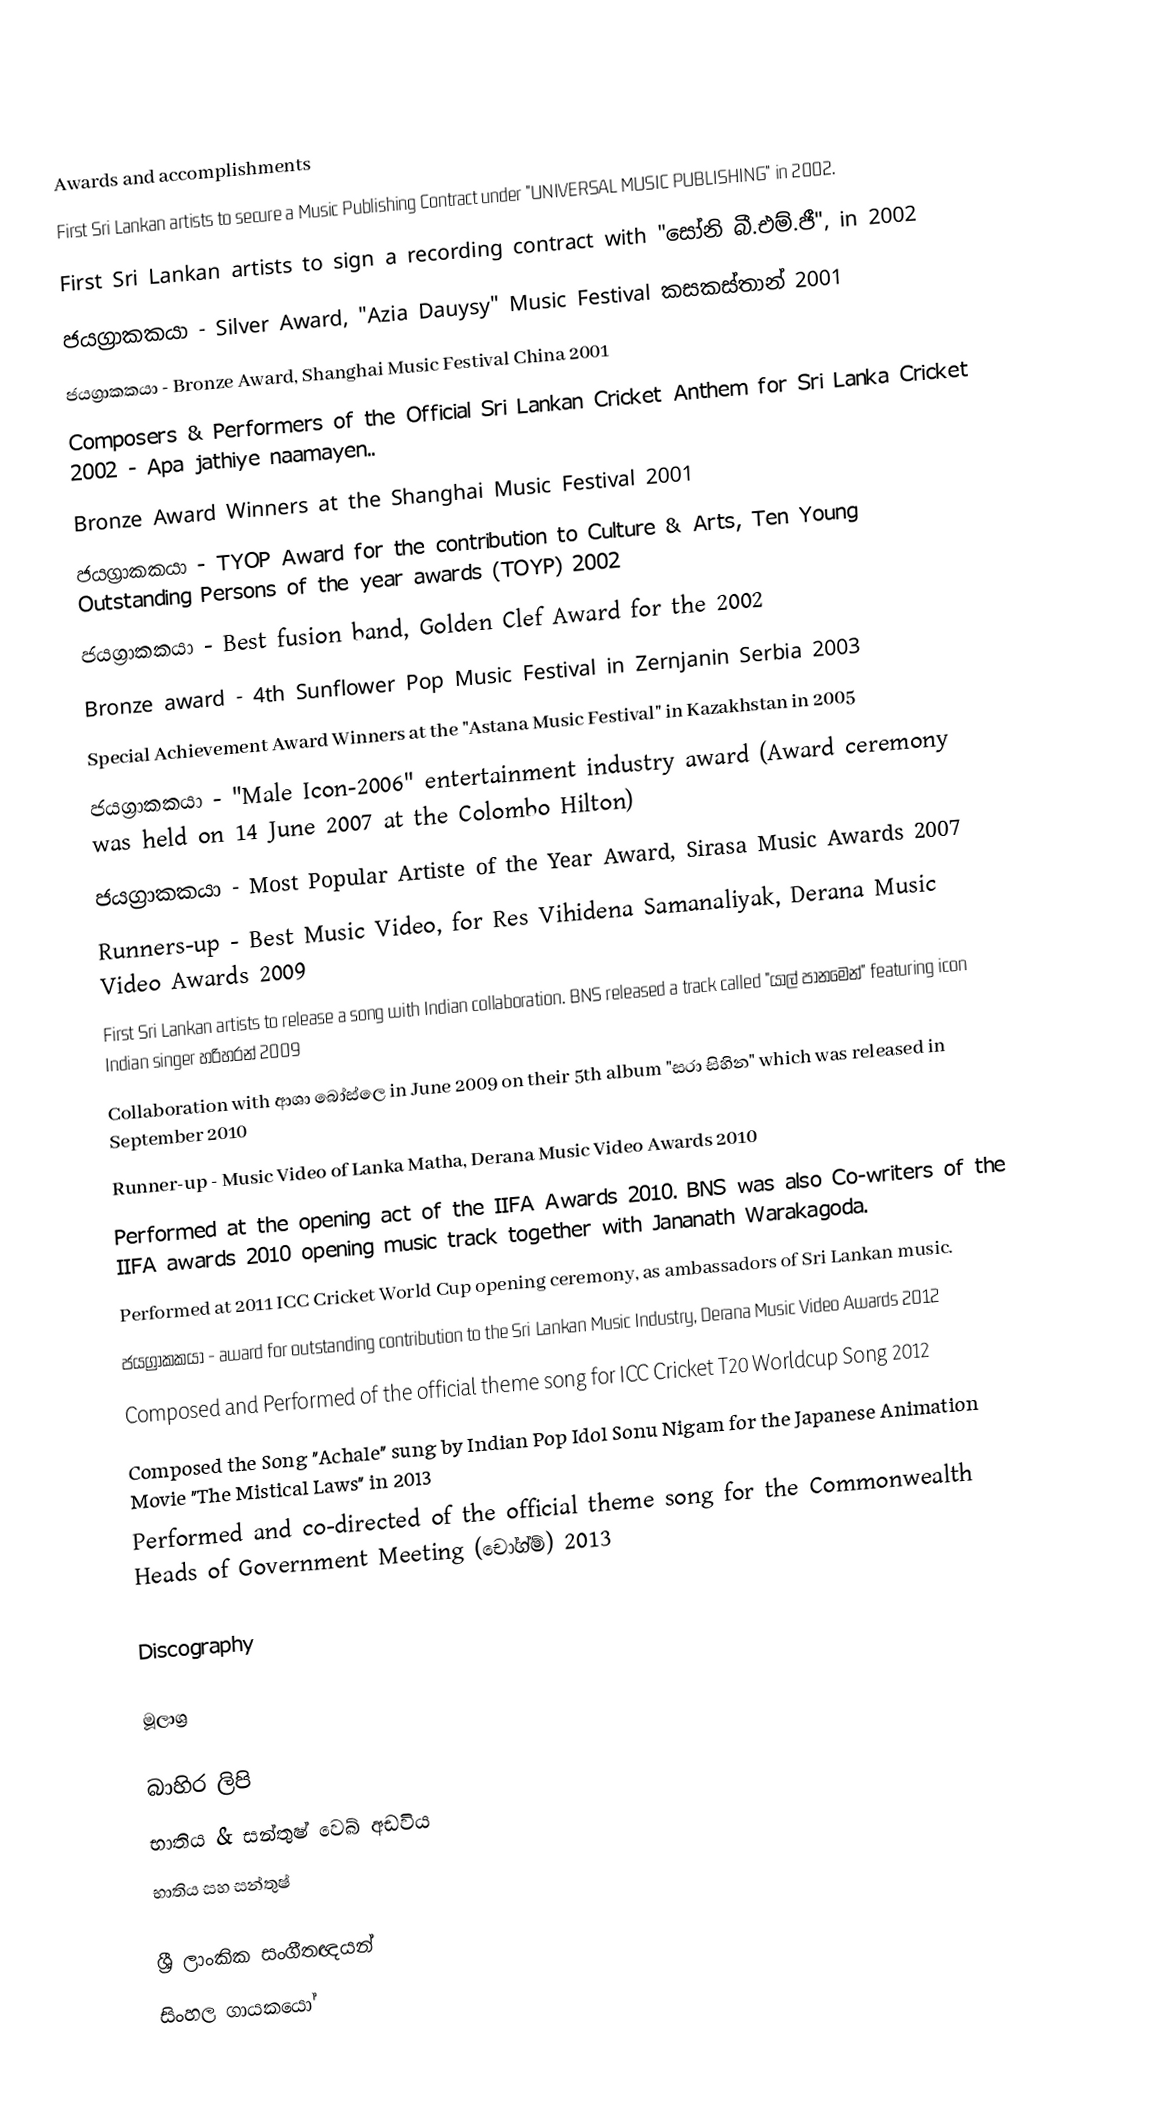

Awards and accomplishments
 First Sri Lankan artists to secure a Music Publishing Contract under "UNIVERSAL MUSIC PUBLISHING" in 2002.
 First Sri Lankan artists to sign a recording contract with "සෝනි බී.එම්.ජී", in 2002
 ජයග්‍රාකකයා - Silver Award, "Azia Dauysy" Music Festival කසකස්තාන් 2001
 ජයග්‍රාකකයා - Bronze Award, Shanghai Music Festival China 2001
 Composers & Performers of the Official Sri Lankan Cricket Anthem for Sri Lanka Cricket 2002 - Apa jathiye naamayen..
 Bronze Award Winners at the Shanghai Music Festival 2001
 ජයග්‍රාකකයා - TYOP Award for the contribution to Culture & Arts, Ten Young Outstanding Persons of the year awards (TOYP) 2002
 ජයග්‍රාකකයා -  Best fusion band, Golden Clef Award for the 2002
 Bronze award - 4th Sunflower Pop Music Festival in Zernjanin Serbia 2003
 Special Achievement Award Winners at the "Astana Music Festival" in Kazakhstan in 2005
 ජයග්‍රාකකයා - "Male Icon-2006" entertainment industry award  (Award ceremony was held on 14 June 2007 at the Colombo Hilton)
 ජයග්‍රාකකයා - Most Popular Artiste of the Year Award,  Sirasa Music Awards 2007
 Runners-up - Best Music Video, for Res Vihidena Samanaliyak, Derana Music Video Awards 2009
 First Sri Lankan artists to release a song with Indian collaboration.  BNS released a track called "යාල් පානමෙන්" featuring icon Indian singer හරිහරන් 2009
 Collaboration  with ආශා බෝස්ලෙ in June 2009 on their 5th album "සරා සිහින" which was released in September 2010
 Runner-up -  Music Video of Lanka Matha, Derana Music Video Awards 2010
 Performed at the opening act of the IIFA Awards 2010. BNS was also Co-writers of the IIFA awards 2010 opening music track together with Jananath Warakagoda.
 Performed at 2011 ICC Cricket World Cup opening ceremony, as ambassadors of Sri Lankan music.
 ජයග්‍රාකකයා - award for outstanding contribution to the Sri Lankan Music Industry, Derana Music Video Awards 2012
 Composed and Performed of the official theme song for ICC Cricket T20 Worldcup Song 2012
 Composed the Song "Achale" sung by Indian Pop Idol Sonu Nigam for the Japanese Animation Movie "The Mistical Laws" in 2013
 Performed and co-directed of the official theme song for the Commonwealth Heads of Government Meeting (චෝග්ම්) 2013

Discography

මූලාශ්‍ර

බාහිර ලිපි
භාතිය & සන්තුෂ් වෙබ් අඩවිය
භාතිය සහ සන්තුෂ්

ශ්‍රී ලාංකික සංගීතඥයන්
සිංහල ගායකයෝ